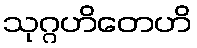
သုဂ္ဂဟိတေဟိ